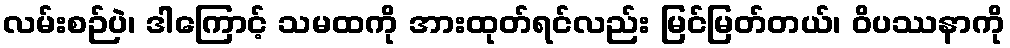
လမ်းစဉ်ပဲ၊ ဒါကြောင့် သမထကို အားထုတ်ရင်လည်း မြင်မြတ်တယ်၊ ဝိပဿနာကို